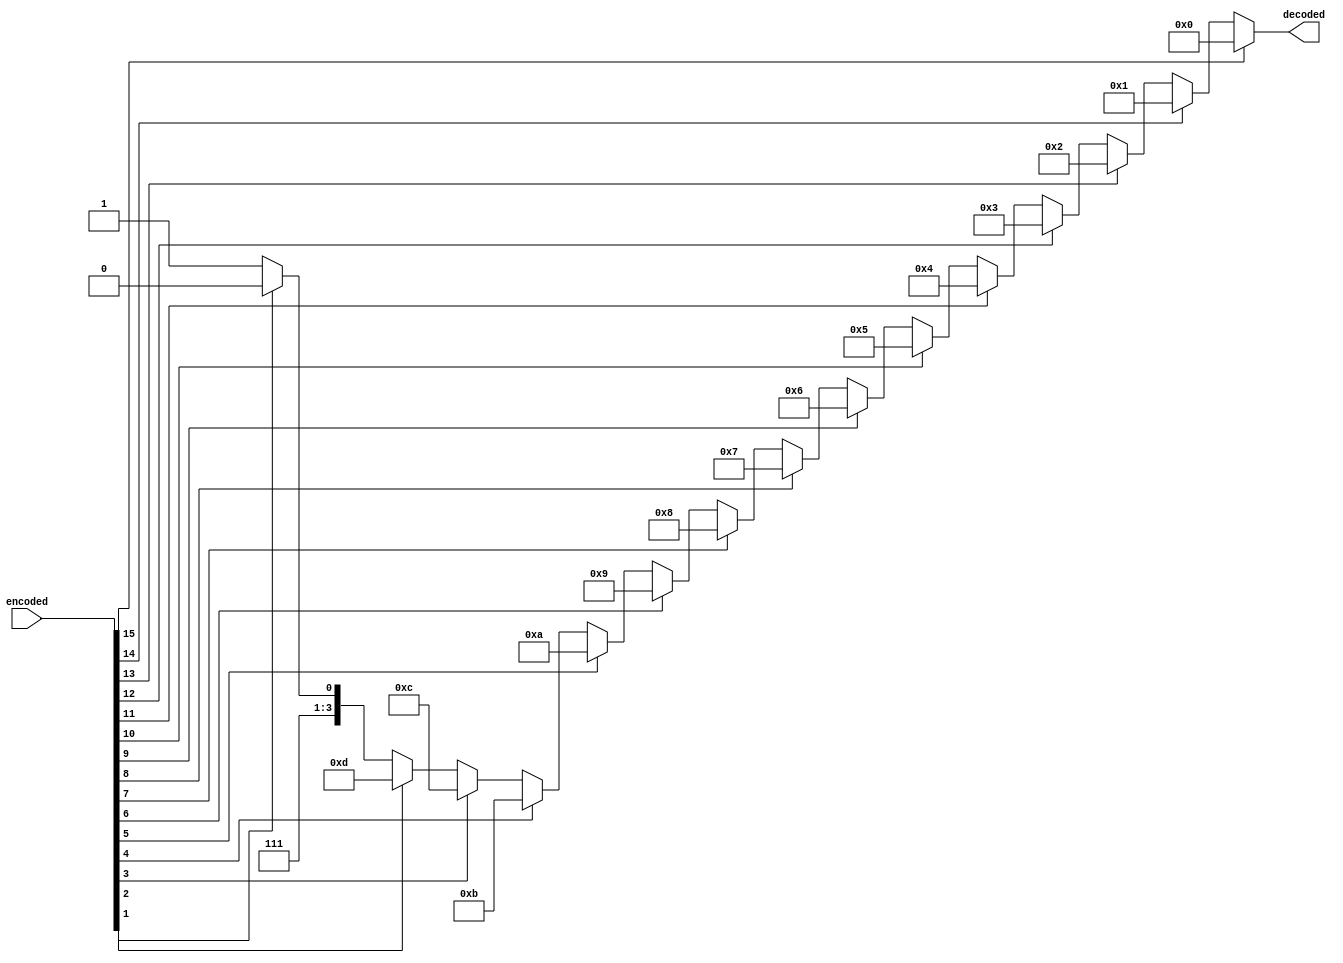
module priority_enc16 (
    encoded,
    decoded
);

input [15:0] encoded;
output reg [3:0] decoded;

reg [4:0] i;

always @(*) begin
    decoded = 4'd15;
    for (i = 4'd0; i < 16; i = i + 1'b1) begin
        if (encoded[i] == 1) begin
            decoded = 4'd15 - i[3:0];
        end
    end
end

endmodule